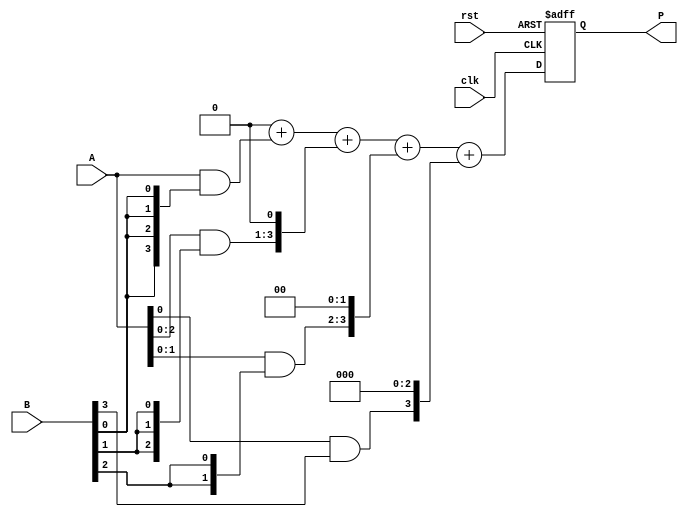
module vedic_multiplier #(parameter N = 4) (
    input wire [N-1:0] A,
    input wire [N-1:0] B,
    input wire clk,
    input wire rst,
    output reg [2*N-1:0] P
);

// Internal signals
reg [N-1:0] partial_products [0:N-1];
reg [2*N-1:0] sum;
integer i, j;

// Generate partial products
always @(posedge clk or posedge rst) begin
    if (rst) begin
        P <= 0;
    end else begin
        // Initialize sum
        sum = 0;

        // Generate partial products
        for (i = 0; i < N; i = i + 1) begin
            partial_products[i] = A & {N{B[i]}};
            // Shift the partial product according to its position
            partial_products[i] = partial_products[i] << i;
        end

        // Sum the partial products
        for (j = 0; j < N; j = j + 1) begin
            sum = sum + partial_products[j];
        end

        // Assign the final product
        P <= sum;
    end
end

endmodule